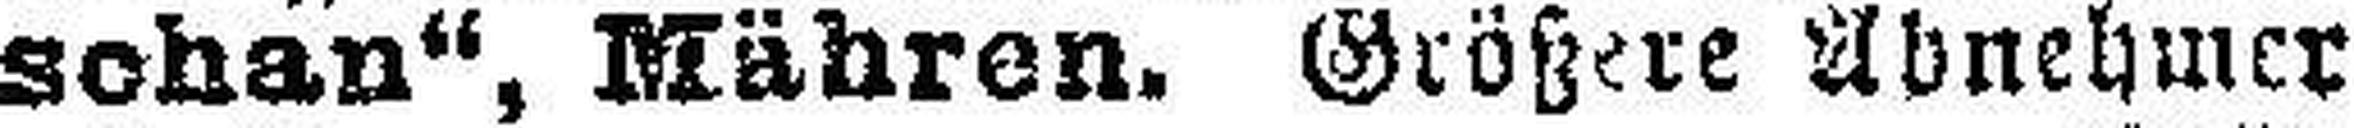
schan“, Mähren. Größere Abnehmer